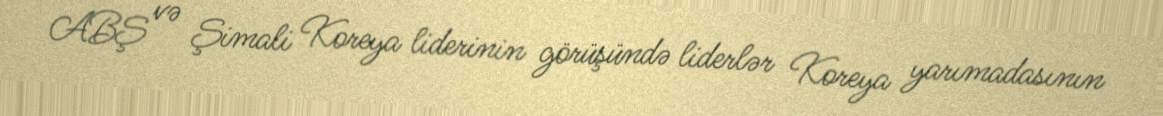
ABŞ və Şimali Koreya liderinin görüşündə liderlər Koreya yarımadasının